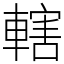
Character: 轄